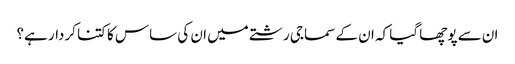
ان سے پوچھا گیا کہ ان کے سماجی رشتے میں ان کی ساس کا کتنا کردار ہے؟